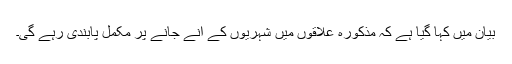
بیان میں کہا گیا ہے کہ مذکورہ علاقوں میں شہریوں کے آنے جانے پر مکمل پابندی رہے گی۔